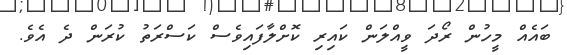
ބައެއް މީހުން ރޯދަ ވީއްލަން ކައިރި ކޮށްލާފައިވެސް ކަސްރަތު ކުރަން ދެ އެވެ.